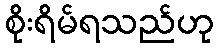
စိုးရိမ်ရသည်ဟု